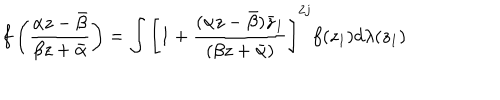
f \left( \frac { \alpha z - \bar { \beta } } { \beta z + \bar { \alpha } } \right) = \int \left[ 1 + \frac { ( \alpha z - \bar { \beta } ) \bar { z } _ { 1 } } { ( \beta z + \bar { \alpha } ) } \right] ^ { 2 j } f ( z _ { 1 } ) d \lambda ( z _ { 1 } )